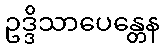
ဥဒ္ဒိသာပေန္တေန